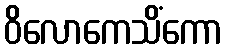
ဝိလောကေသိံကော